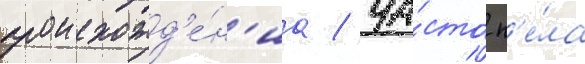
происхожд'е́н'иа / ча́сто п'е́ла